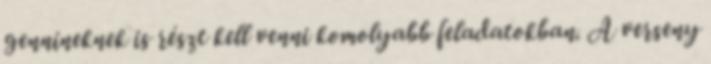
gennineknek is részt kell venni komolyabb feladatokban. A verseny